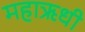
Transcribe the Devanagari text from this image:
महाऋधी